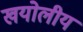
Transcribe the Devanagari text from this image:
खयोलीय